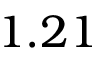
1 . 2 1